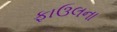
ફાઉલના